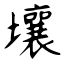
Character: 壤